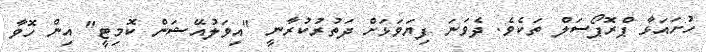
ހުށައަޅާ ޕްރޮޕޯސަލް ތަކެވެ. ދެވަނަ ފިޔަވަޅަށް ދަތުރުކުރާނީ "އިވަލުއޭޝަން ކޮމިޓީ" އިން ހޮވާ